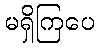
မရှိကြပေ